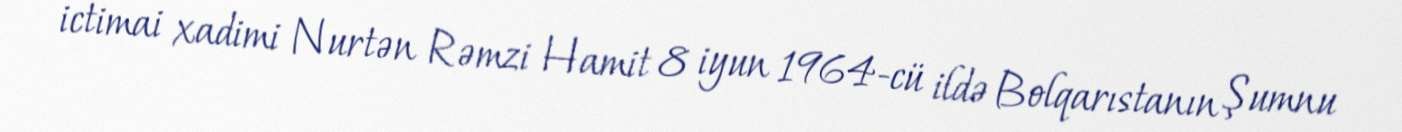
ictimai xadimi Nurtən Rəmzi Hamit 8 iyun 1964-cü ildə Bolqarıstanın Şumnu